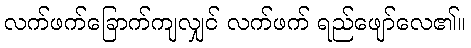
လက်ဖက်ခြောက်ကျလျှင် လက်ဖက် ရည်ဖျော်လေ၏။